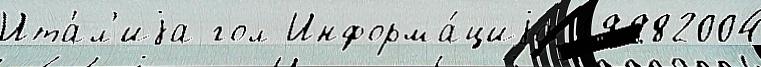
Ита́л'иjа гол Информа́циjа 19982004